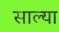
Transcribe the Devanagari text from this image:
साल्या